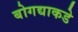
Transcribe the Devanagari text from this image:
बोगद्याकडे